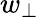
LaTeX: w_{\perp}